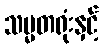
သမ္မတရုံးနှင့်